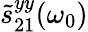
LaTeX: \tilde{s}_{21}^{yy}(\omega_{0})